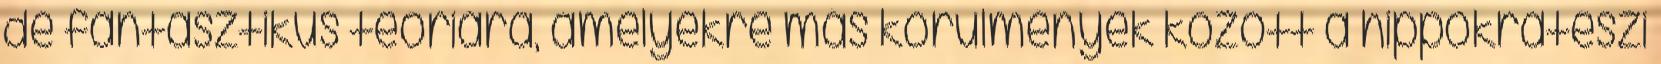
de fantasztikus teóriára, amelyekre más körülmények között a hippokratészi